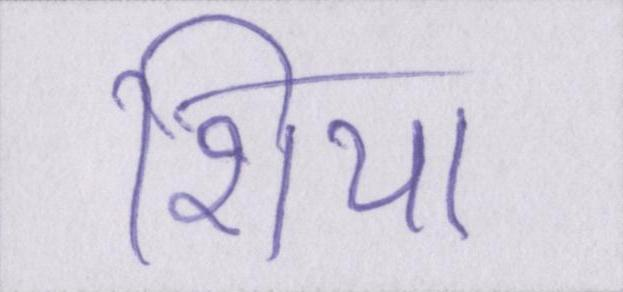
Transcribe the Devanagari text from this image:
शिया